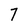
Character: 7